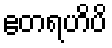
ဧတရဟိပိ